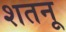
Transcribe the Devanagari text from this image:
शतनू